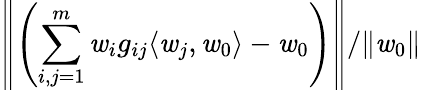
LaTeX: \left\| \left(\sum_{i,j=1}^{m}\mathit{w}_{i}g_{ij}\langle\mathit{w}_{j},\mathit{w}_{0}\rangle-\mathit{w}_{0}\right)\right\| /\| \mathit{w}_{0}\|